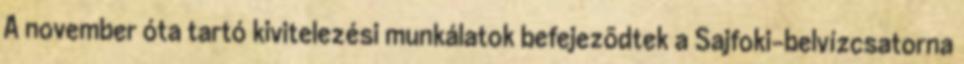
A november óta tartó kivitelezési munkálatok befejezõdtek a Sajfoki-belvízcsatorna